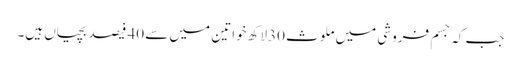
جب کہ جسم فروشی میں ملوث 30لاکھ خواتین میں سے 40 فیصد بچیاں ہیں۔